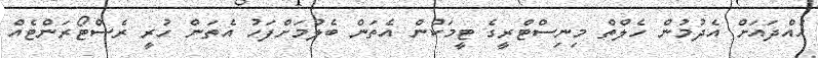
ހުއްދައަށް އެދުމުން ހެލްތް މިނިސްޓްރީގެ ޓީމަކުން އެތަން ބެލުމަށްފަހު އެތަން ހުރީ ރެސްޓޯރަންޓެއް